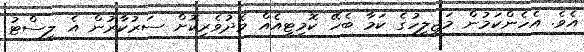
އެވެ. އެހެންކަމުން މަޖިލީހުގެ ކަމާ ބެހޭ ކޮމިޓީއެއް މެދުވެރިކޮށް ސަރުކާރުން އެ ލިސްޓު